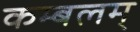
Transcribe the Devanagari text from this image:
कम्बलम्